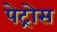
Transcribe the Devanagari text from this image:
पेट्रोस